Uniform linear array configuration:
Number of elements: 64
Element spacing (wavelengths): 0.75
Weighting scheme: uniform
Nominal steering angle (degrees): -15
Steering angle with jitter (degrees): -14.221
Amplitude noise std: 0.05
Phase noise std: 0.05

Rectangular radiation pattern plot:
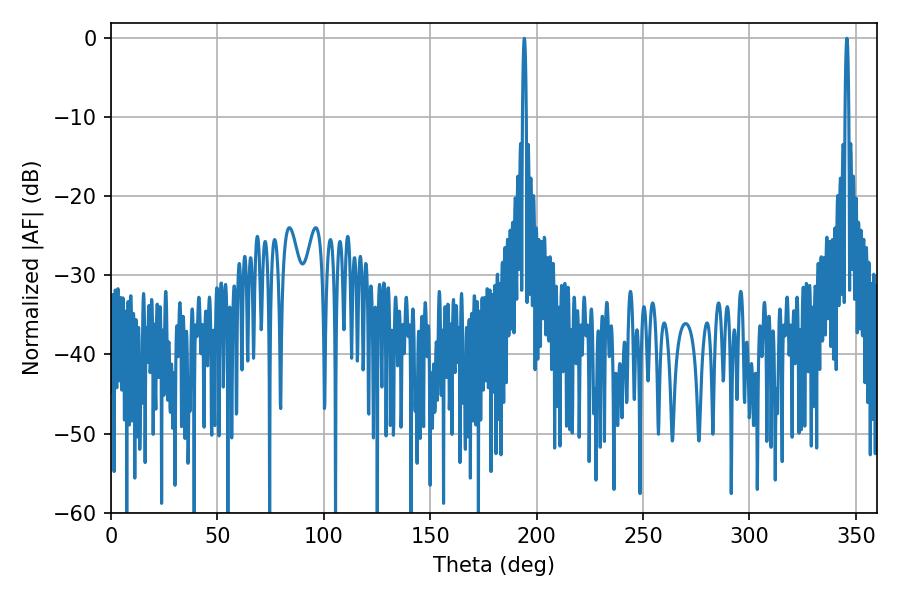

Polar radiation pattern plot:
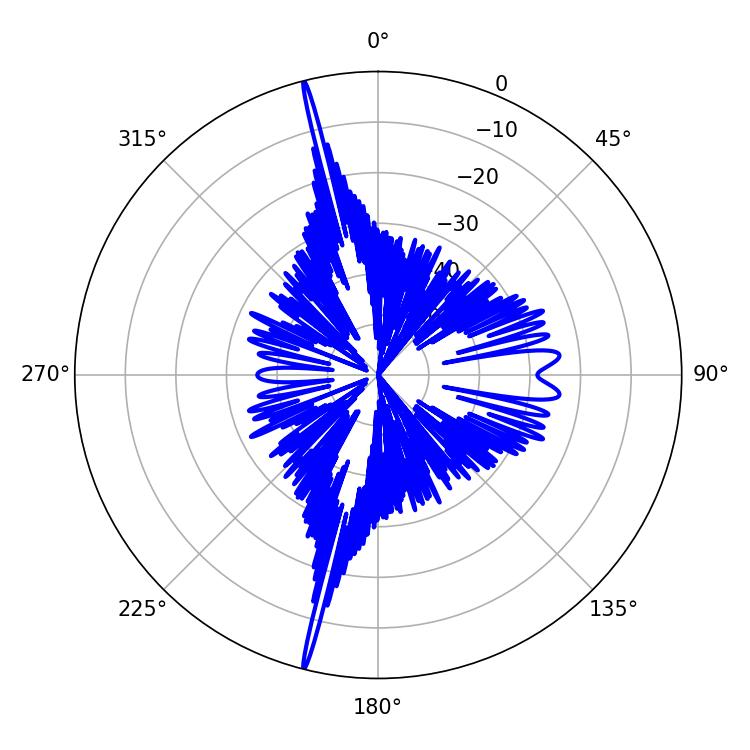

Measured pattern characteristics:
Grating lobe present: TRUE
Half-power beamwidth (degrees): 1.08
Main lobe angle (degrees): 194.22